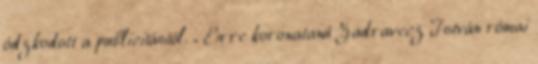
ódzkodott a publicitástól. „ Erre koronatanú Zadravecz István római